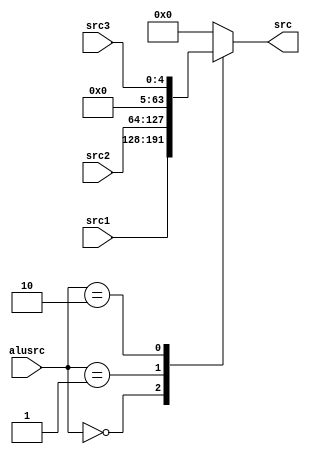
`timescale 1ns / 1ps

module Mux3(
	input [63:0] src1, //->RF
	input [63:0] src2, //->SEU
	input [4:0] src3,  //->LSL
	input [1:0] alusrc,
	output reg [63:0]src
	);
	
	/*always @*
		src = alusrc ? src2 : src1;
		*/
	always @(src1,src2,alusrc)
	case (alusrc)
		2'b00: src <= src1;
		2'b01: src <= src2;
		2'b10: src <= {59'b0,src3};
		default: src <= 00;
	endcase
	
endmodule